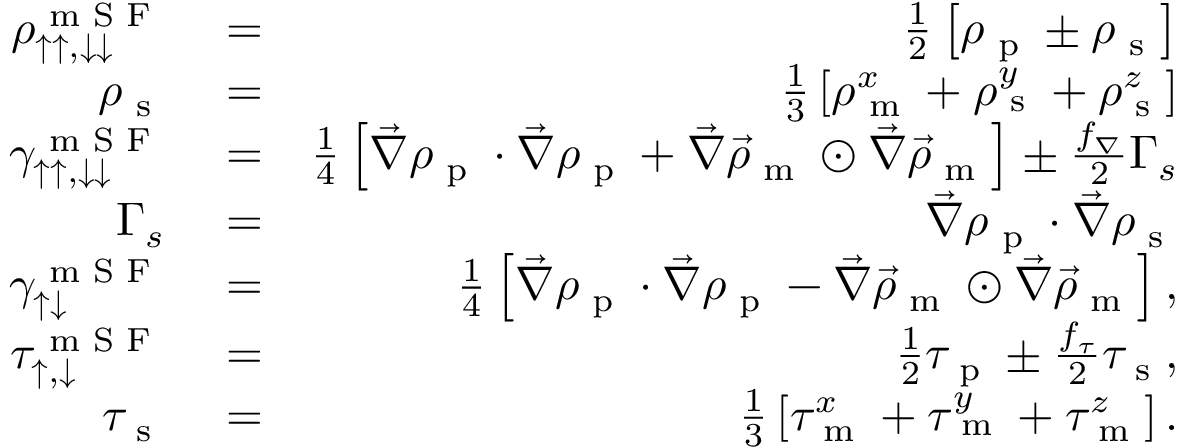
\begin{array} { r l r } { \rho _ { \uparrow \uparrow , \downarrow \downarrow } ^ { \textrm { m S F } } } & { { } = } & { \frac { 1 } { 2 } \left[ \rho _ { \textrm { p } } \pm \rho _ { \textrm { s } } \right] } \\ { \rho _ { \textrm { s } } } & { { } = } & { \frac { 1 } { 3 } \left[ \rho _ { \textrm { m } } ^ { x } + \rho _ { \textrm { s } } ^ { y } + \rho _ { \textrm { s } } ^ { z } \right] } \\ { \gamma _ { \uparrow \uparrow , \downarrow \downarrow } ^ { \textrm { m S F } } } & { { } = } & { \frac { 1 } { 4 } \left[ \vec { \nabla } \rho _ { \textrm { p } } \cdot \vec { \nabla } \rho _ { \textrm { p } } + \vec { \nabla } \vec { \rho } _ { \textrm { m } } \odot \vec { \nabla } \vec { \rho } _ { \textrm { m } } \right] \pm \frac { f _ { \nabla } } { 2 } \Gamma _ { s } } \\ { \Gamma _ { s } } & { { } = } & { \vec { \nabla } \rho _ { \textrm { p } } \cdot \vec { \nabla } \rho _ { \textrm { s } } } \\ { \gamma _ { \uparrow \downarrow } ^ { \textrm { m S F } } } & { { } = } & { \frac { 1 } { 4 } \left[ \vec { \nabla } \rho _ { \textrm { p } } \cdot \vec { \nabla } \rho _ { \textrm { p } } - \vec { \nabla } \vec { \rho } _ { \textrm { m } } \odot \vec { \nabla } \vec { \rho } _ { \textrm { m } } \right] , } \\ { \tau _ { \uparrow , \downarrow } ^ { \textrm { m S F } } } & { { } = } & { \frac { 1 } { 2 } \tau _ { \textrm { p } } \pm \frac { f _ { \tau } } { 2 } \tau _ { \textrm { s } } , } \\ { \tau _ { \textrm { s } } } & { { } = } & { \frac { 1 } { 3 } \left[ \tau _ { \textrm { m } } ^ { x } + \tau _ { \textrm { m } } ^ { y } + \tau _ { \textrm { m } } ^ { z } \right] . } \end{array}